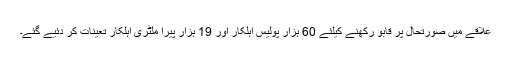
علاقے میں صورتحال پر قابو رکھنے کیلئے 60 ہزار پولیس اہلکار اور 19 ہزار پیرا ملٹری اہلکار تعینات کر دئیے گئے۔